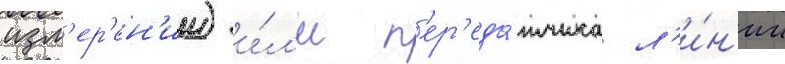
изм'ер'ен'ии) и́л'и п'ер'еда́тчика л'и́н'ии